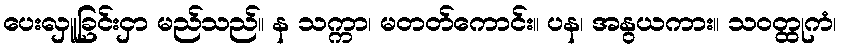
ပေးလှူခြင်းငှာ မည်သည်။ န သက္ကာ၊ မတတ်ကောင်း။ ပန၊ အနွယကား။ သဝတ္ထုကံ၊